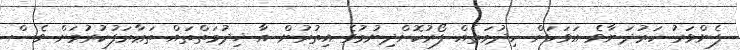
ފެންވަރު ހަރުދަނާވެ އަވަހަށް ހިދުމަތެއް ފޯރުކޮށްދިނުމުގެ އިތުރުން އާ ޚިދުމަތްތައް ތަޢާރަފުކުރުމަށް ވެސް